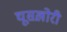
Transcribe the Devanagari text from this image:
घूसख़ोरी